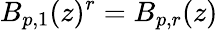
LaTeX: B_{p,1}(z)^{r}=B_{p,r}(z)